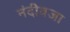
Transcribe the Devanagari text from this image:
नंदीवजा